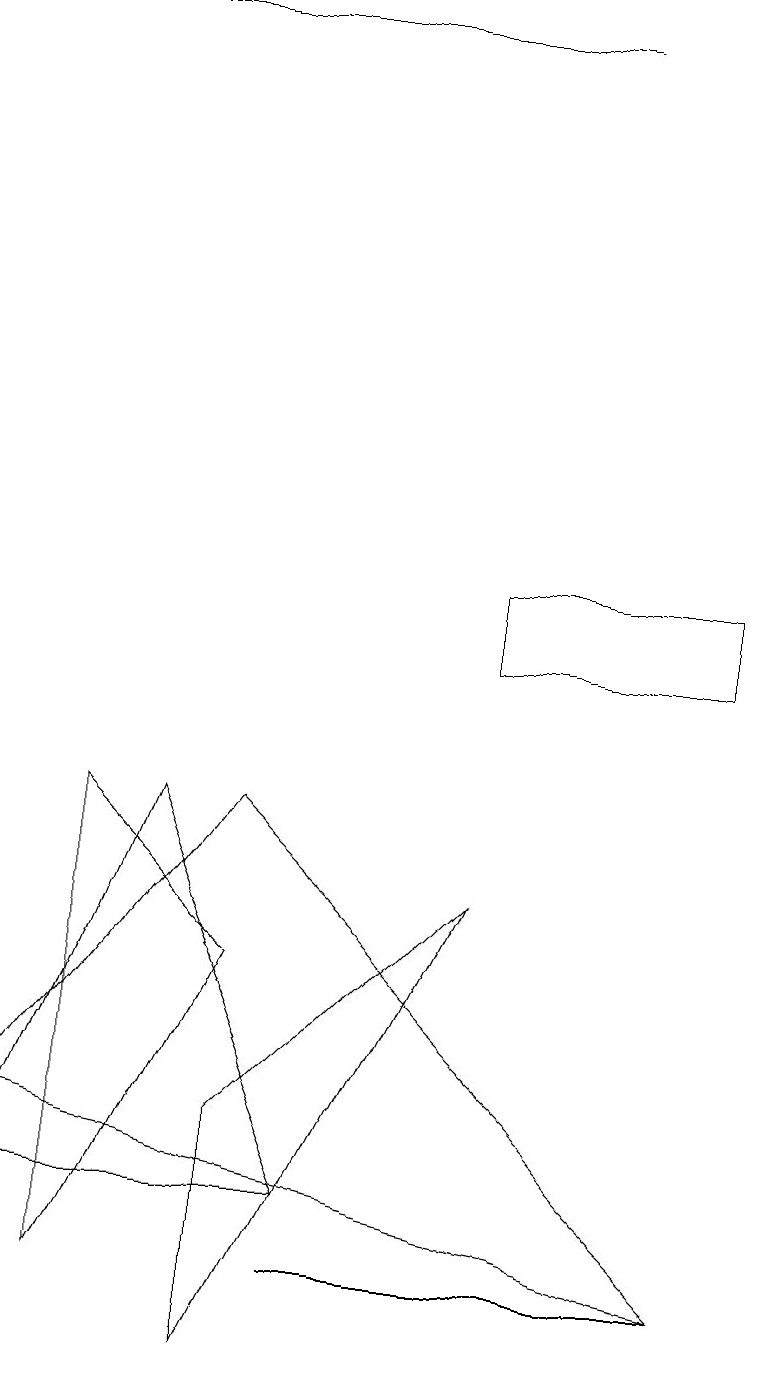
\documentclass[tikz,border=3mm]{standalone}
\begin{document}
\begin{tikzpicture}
\draw (3,6) -- (1,8) -- (1,2) -- cycle;
\draw (3,4) -- (3,1) -- (6,7) -- cycle;
\draw (2,8) -- (0,3) -- (4,3) -- cycle;
\draw (9,10) rectangle (6,11);
\draw (4,2) -- (9,2) -- (4,2) -- cycle;
\draw (3,8) -- (0,4) -- (9,2) -- cycle;
\draw (7,18) rectangle (1,18);
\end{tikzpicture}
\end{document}